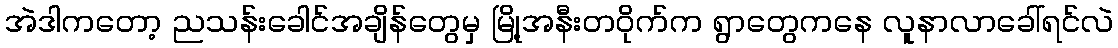
အဲဒါကတော့ ညသန်းခေါင်အချိန်တွေမှ မြို့အနီးတဝိုက်က ရွာတွေကနေ လူနာလာခေါ်ရင်လဲ